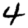
Digit: 4